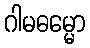
ဂါမဓမ္မော